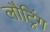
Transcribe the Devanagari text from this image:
लौट्रिंग